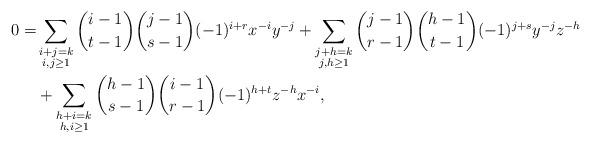
LaTeX: \begin{align*}0=& \sum_{\substack{i+j=k\\i,j\ge1}}\binom{i-1}{t-1}\binom{j-1}{s-1}(-1)^{i+r} x^{-i}y^{-j} + \sum_{\substack{j+h=k\\j,h\ge1}}\binom{j-1}{r-1}\binom{h-1}{t-1}(-1)^{j+s} y^{-j}z^{-h}\\ & + \sum_{\substack{h+i=k\\h,i\ge1}}\binom{h-1}{s-1}\binom{i-1}{r-1}(-1)^{h+t} z^{-h}x^{-i},\end{align*}